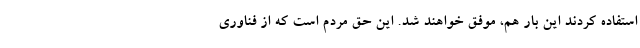
استفاده کردند این بار هم، موفق خواهند شد. این حق مردم است که از فناوری